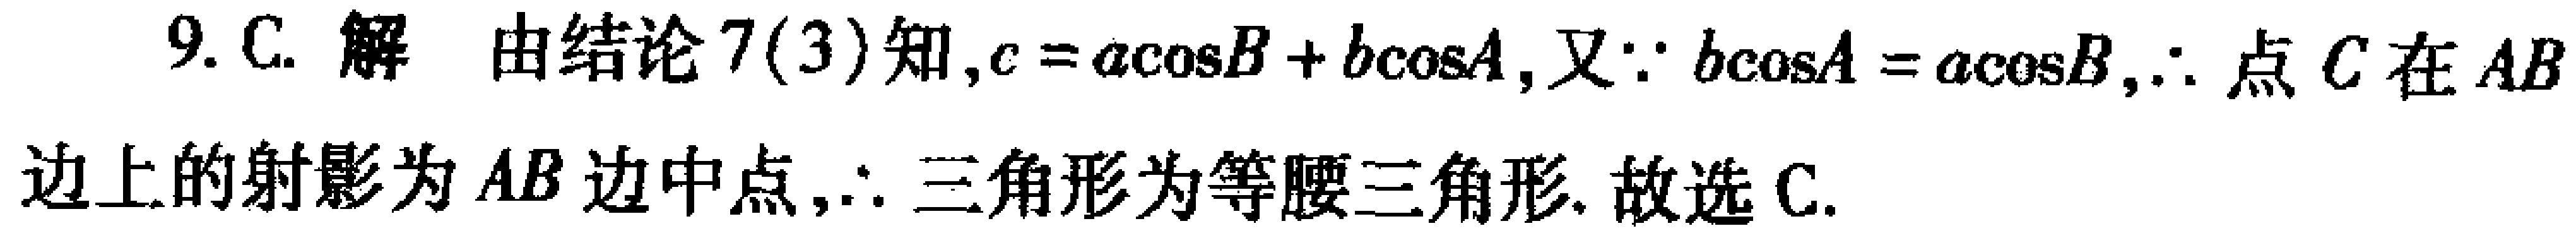
9. C. 解 由结论7(3)知,$c = a\cos B + b\cos A$, 又$\because b\cos A = a\cos B$, $\therefore$ 点$C$在$AB$边上的射影为$AB$边中点,$\therefore$ 三角形为等腰三角形. 故选C.